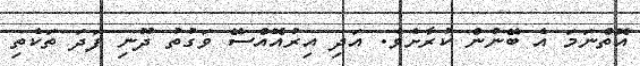
އޮތްނަމަ އެ ބޭނުން ކުރާށެވެ. އަދި އިރުއޮއްސޭ ވަގުތު ދޫނި ފަދަ ތަކެތި